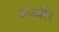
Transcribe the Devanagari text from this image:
अज्जीर